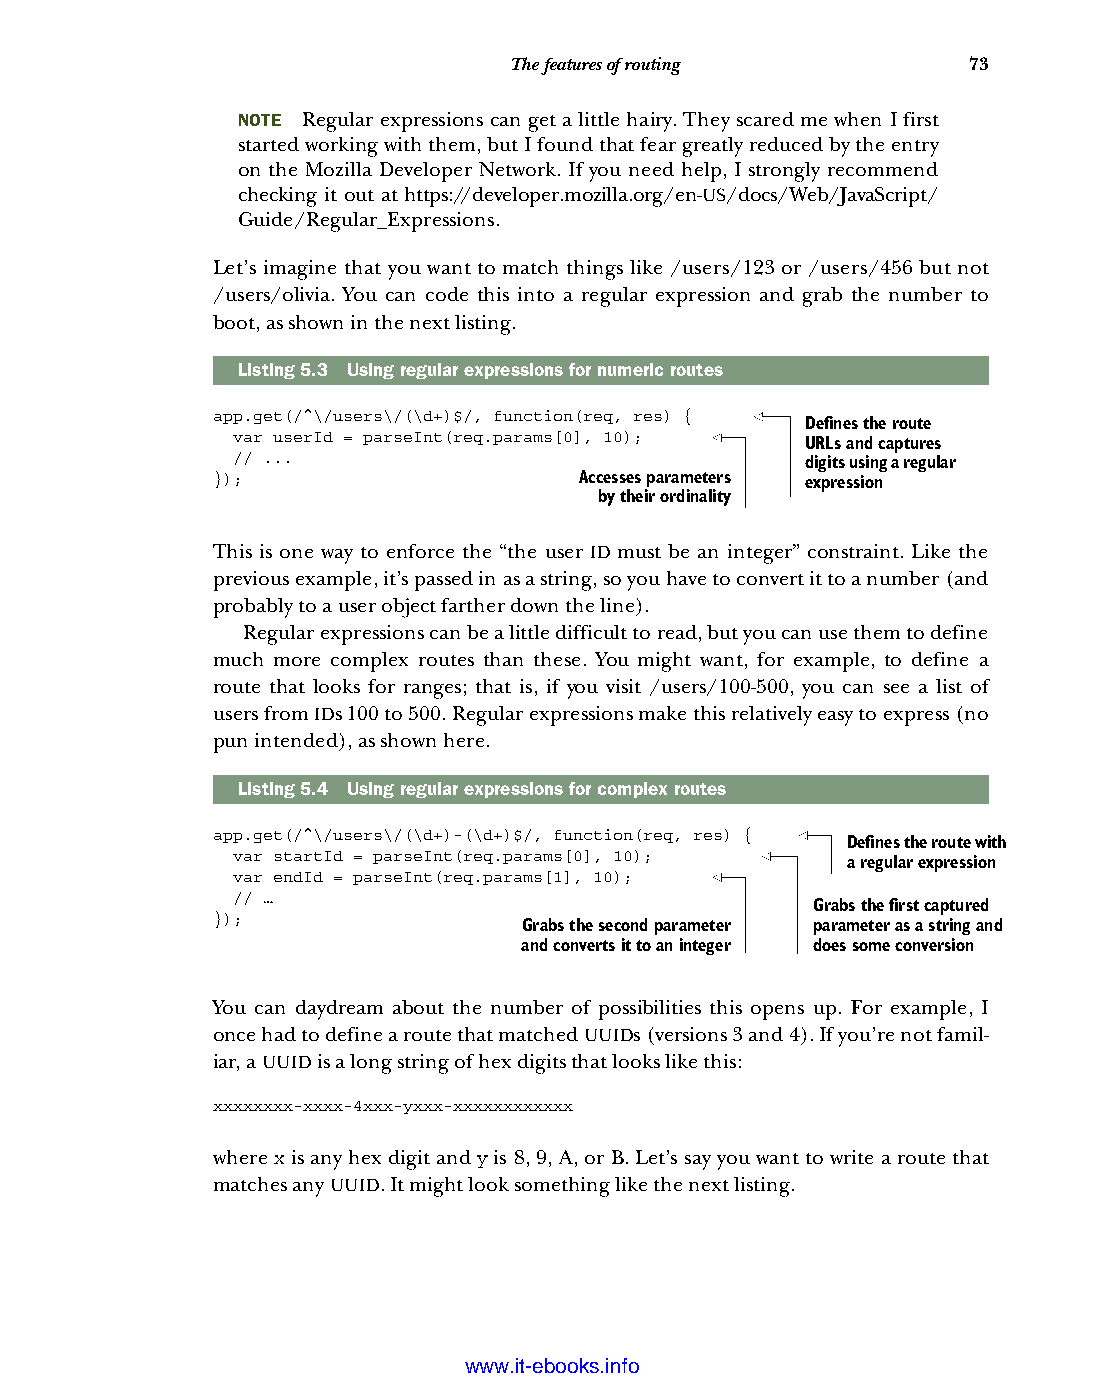
The features of routing       73
 NOTE Regular expressions can get a little hairy. They scared me when I first
 started working with them, but I found that fear greatly reduced by the entry
 on the Mozilla Developer Network. If you need help, I strongly recommend
 checking it out at https://developer.mozilla.org/en-US/docs/Web/JavaScript/
 Guide/Regular_Expressions.
 Let’s imagine that you want to match things like /users/123 or /users/456 but not
 /users/olivia. You can code this into a regular expression and grab the number to
 boot, as shown in the next listing.
 Listing5.3 Using regular expressions for numeric routes
 app.get(/^\/users\/(\d+)$/, function(req, res) {
 Defines the route
 var userId = parseInt(req.params[0], 10); URLs and captures
 // ...                                digits using a regular
 });                     Accesses parameters expression
 by their ordinality
 This is one way to enforce the “the user ID must be an integer” constraint. Like the
 previous example, it’s passed in as a string, so you have to convert it to a number (and
 probably to a user object farther down the line).
 Regular expressions can be a little difficult to read, but you can use them to define
 much more complex routes than these. You might want, for example, to define a
 route that looks for ranges; that is, if you visit /users/100-500, you can see a list of
 users from IDs 100 to 500. Regular expressions make this relatively easy to express (no
 pun intended), as shown here.
 Listing5.4 Using regular expressions for complex routes
 app.get(/^\/users\/(\d+)-(\d+)$/, function(req, res) {
 Defines the route with
 var startId = parseInt(req.params[0], 10);
 a regular expression
 var endId = parseInt(req.params[1], 10);
 // …
 Grabs the first captured
 });
 Grabs the second parameter parameter as a string and
 and converts it to an integer does some conversion
 You can daydream about the number of possibilities this opens up. For example, I
 once had to define a route that matched UUIDs (versions 3 and 4). If you’re not famil-
 iar, a UUID is a long string of hex digits that looks like this:
 xxxxxxxx-xxxx-4xxx-yxxx-xxxxxxxxxxxx
 where x is any hex digit and y is 8, 9, A, or B. Let’s say you want to write a route that
 matches any UUID. It might look something like the next listing.
 Licensed wtow w <.mit-ielebro.8o8k8s@.ingfomail.com>